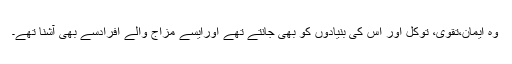
وہ ایمان،تقویٰ، توکل اور اس کی بنیادوں کو بھی جانتے تھے اورایسے مزاج والے افرادسے بھی آشنا تھے۔